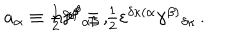
a _ { \alpha } \equiv \textstyle { \frac { 1 } { 2 } } \gamma ^ { \beta } { } _ { \alpha \beta } \, , \hspace { 4 m m } n ^ { \alpha \beta } \equiv \textstyle { \frac { 1 } { 2 } } \varepsilon ^ { \delta \kappa ( \alpha } \gamma ^ { \beta ) } { } _ { \delta \kappa } \, .